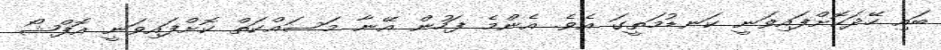
ބައި ހޭދަކޮށްފައިވަނީ ކަނޑުމަތީގަ އެވެ. އެންމެ ފަހުން އޭނާ މަސައްކަތް ކޮށްފައިވަނީ އޮފްޝޯ